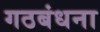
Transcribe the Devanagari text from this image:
गठबंधना